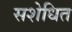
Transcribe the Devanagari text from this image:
सशेधित